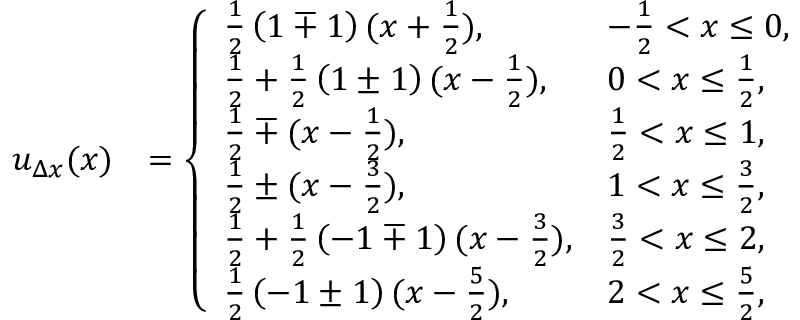
\begin{array} { r l } { u _ { \Delta x } ( x ) } & { = \left\{ \begin{array} { l l } { \frac { 1 } { 2 } \left( 1 \mp 1 \right) ( x + \frac { 1 } { 2 } ) , } & { - \frac { 1 } { 2 } < x \leq 0 , } \\ { \frac { 1 } { 2 } + \frac { 1 } { 2 } \left( 1 \pm 1 \right) ( x - \frac { 1 } { 2 } ) , } & { 0 < x \leq \frac { 1 } { 2 } , } \\ { \frac { 1 } { 2 } \mp ( x - \frac { 1 } { 2 } ) , } & { \frac { 1 } { 2 } < x \leq 1 , } \\ { \frac { 1 } { 2 } \pm ( x - \frac { 3 } { 2 } ) , } & { 1 < x \leq \frac { 3 } { 2 } , } \\ { \frac { 1 } { 2 } + \frac { 1 } { 2 } \left( - 1 \mp 1 \right) ( x - \frac { 3 } { 2 } ) , } & { \frac { 3 } { 2 } < x \leq 2 , } \\ { \frac { 1 } { 2 } \left( - 1 \pm 1 \right) ( x - \frac { 5 } { 2 } ) , } & { 2 < x \leq \frac { 5 } { 2 } , } \end{array} \right. } \end{array}